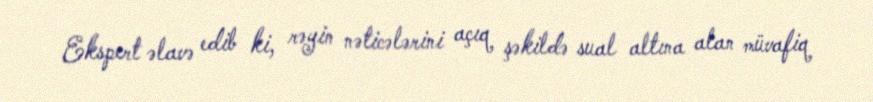
Ekspert əlavə edib ki, rəyin nəticələrini açıq şəkildə sual altına alan müvafiq